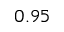
0 . 9 5